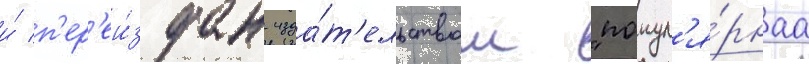
и́ п'ер'еи́здан изда́т'ельством "попул'я́рнаа